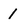
Character: 1